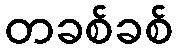
တခစ်ခစ်